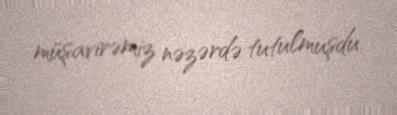
müşavirəmiz nəzərdə tutulmuşdu.